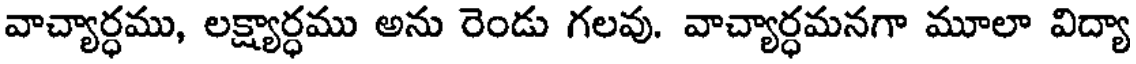
వాచ్యార్ధము, లక్ష్యార్ధము అను రెండు గలవు. వాచ్యార్ధమనగా మూలా విద్యా